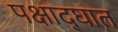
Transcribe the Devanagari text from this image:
पक्षाद्घात